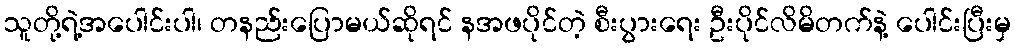
သူတို့ရဲ့အပေါင်းပါ၊ တနည်းပြောမယ်ဆိုရင် နအဖပိုင်တဲ့ စီးပွားရေး ဦးပိုင်လိမိတက်နဲ့ ပေါင်းပြီးမှ